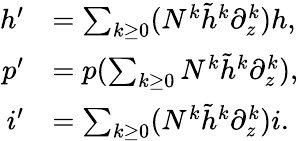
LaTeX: \begin{array}{rl}{h^{\prime}}&{=\sum_{k\geq 0}(N^{k}\tilde{h}^{k}\partial_{z}^{k})h,}\\ {p^{\prime}}&{=p(\sum_{k\geq 0}N^{k}\tilde{h}^{k}\partial_{z}^{k}),}\\ {i^{\prime}}&{=\sum_{k\geq 0}(N^{k}\tilde{h}^{k}\partial_{z}^{k})i.}\end{array}